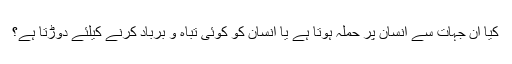
کیا ان جہات سے انسان پر حملہ ہوتا ہے یا انسان کو کوئی تباہ و برباد کرنے کیلئے دوڑتا ہے؟